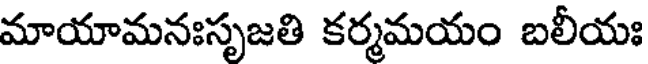
మాయామనఃసృజతి కర్మమయం బలీయః